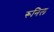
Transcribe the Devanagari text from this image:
रूनिल